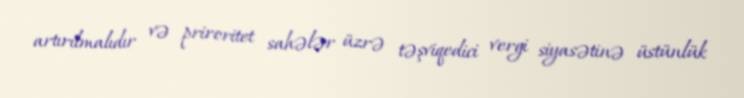
artırılmalıdır və priroritet sahələr üzrə təşviqedici vergi siyasətinə üstünlük